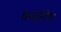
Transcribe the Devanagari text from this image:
धर्मारोप